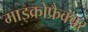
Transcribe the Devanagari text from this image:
माइक्रोफ्रैक्चर